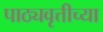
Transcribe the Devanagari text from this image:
पाठ्यवृत्तीच्या